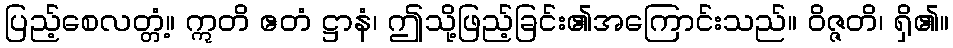
ပြည့်စေလတ္တံ့။ ဣတိ ဧတံ ဋ္ဌာနံ၊ ဤသို့ဖြည့်ခြင်း၏အကြောင်းသည်။ ဝိဇ္ဇတိ၊ ရှိ၏။